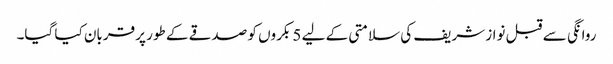
روانگی سے قبل نواز شریف کی سلامتی کے لیے 5 بکروں کو صدقے کے طور پر قربان کیا گیا۔